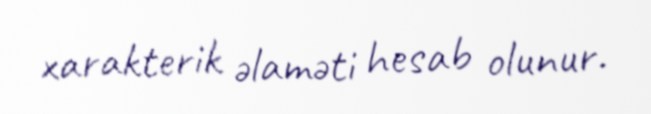
xarakterik əlaməti hesab olunur.